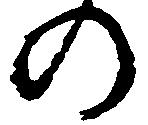
の